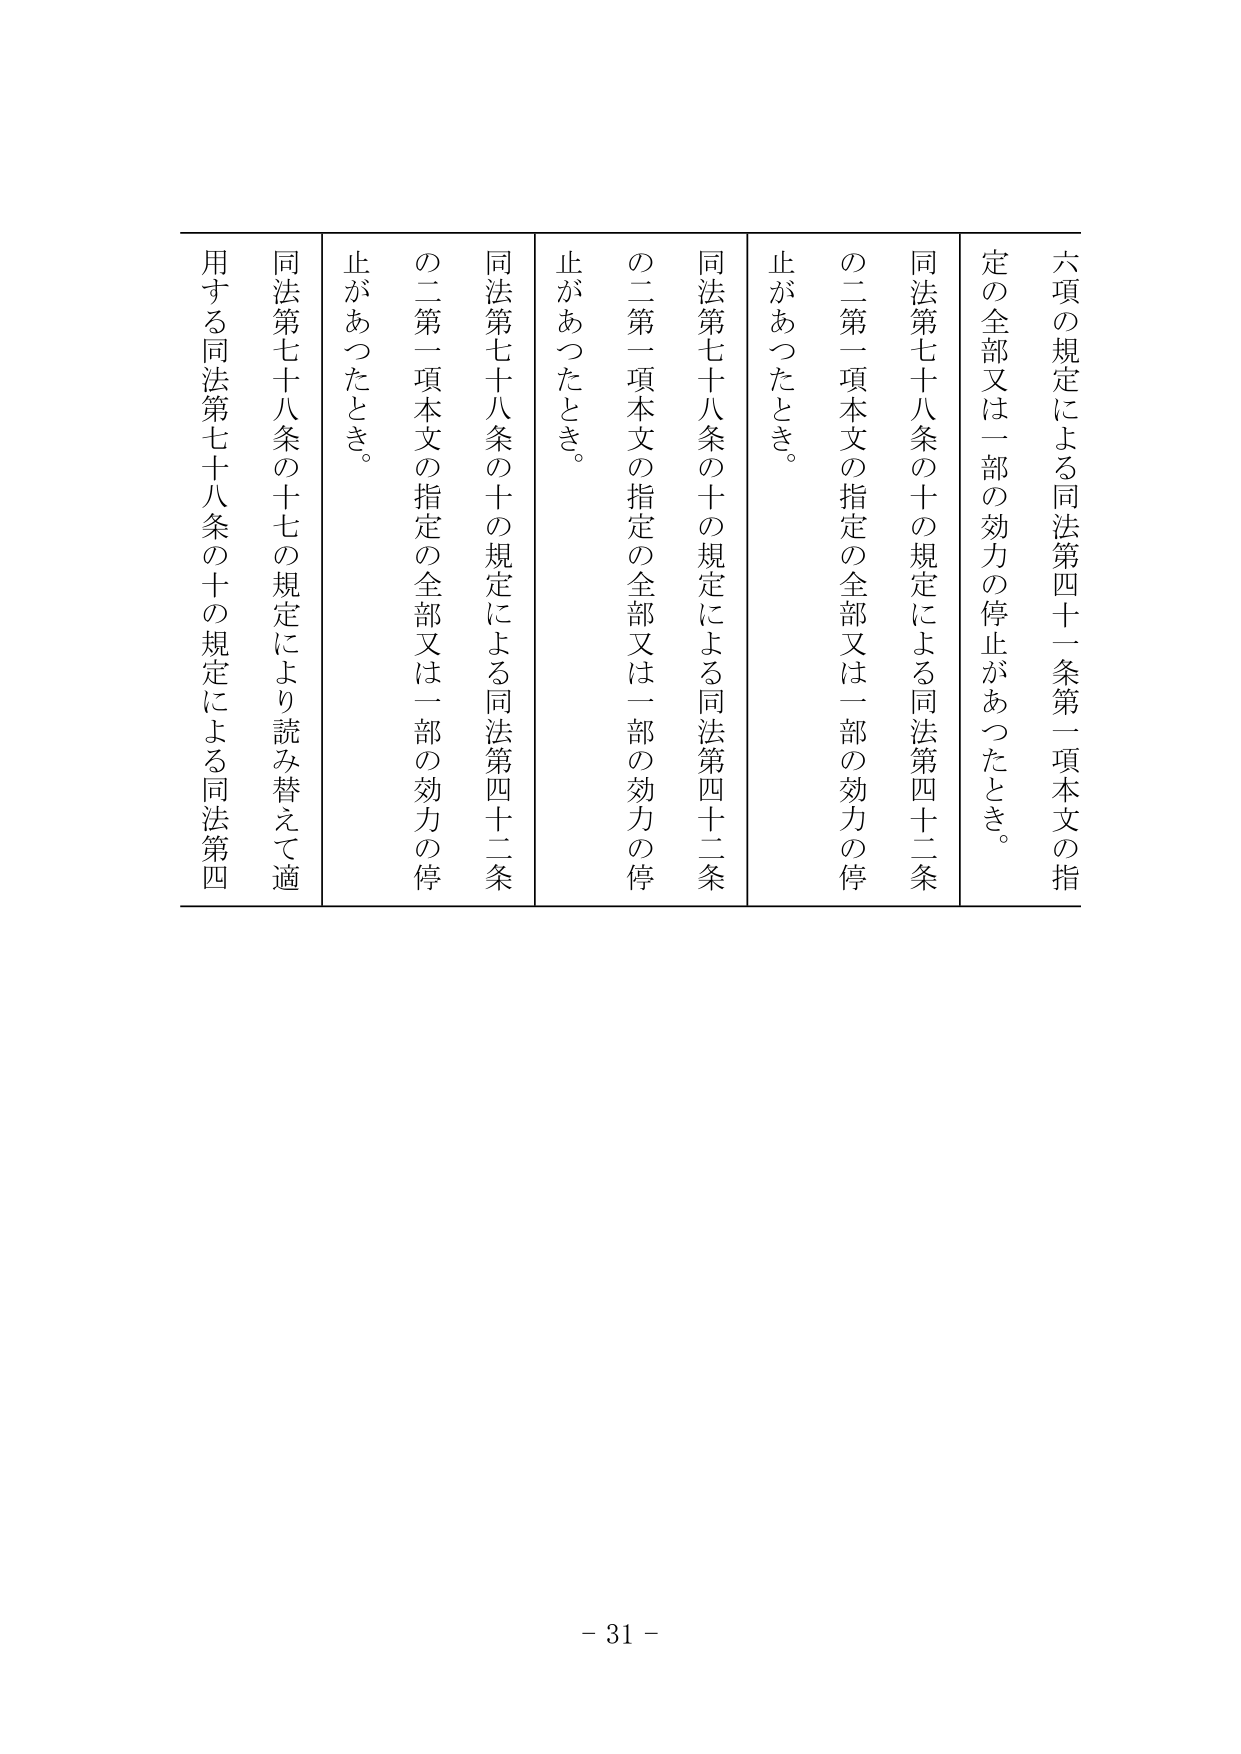
六項の規定による同法第四十一条第一項本文の指定の全部又は一部の効力の停止があったとき。

同法第七十八条の十の規定による同法第四十二条の二第一項本文の指定の全部又は一部の効力の停止があったとき。

同法第七十八条の十の規定による同法第四十二条の二第一項本文の指定の全部又は一部の効力の停止があったとき。

同法第七十八条の十七の規定により読み替えて適用する同法第七十八条の十の規定による同法第四

- 31 -